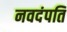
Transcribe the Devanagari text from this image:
नवदंपति